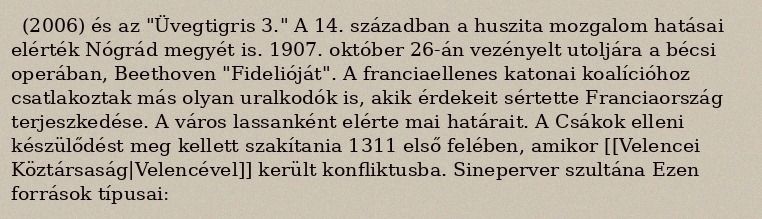
(2006) és az "Üvegtigris 3." A 14. században a huszita mozgalom hatásai elérték Nógrád megyét is. 1907. október 26-án vezényelt utoljára a bécsi operában, Beethoven "Fidelióját". A franciaellenes katonai koalícióhoz csatlakoztak más olyan uralkodók is, akik érdekeit sértette Franciaország terjeszkedése. A város lassanként elérte mai határait. A Csákok elleni készülődést meg kellett szakítania 1311 első felében, amikor [[Velencei Köztársaság|Velencével]] került konfliktusba. Sineperver szultána Ezen források típusai: